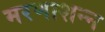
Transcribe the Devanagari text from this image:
मरणाशन्‍न